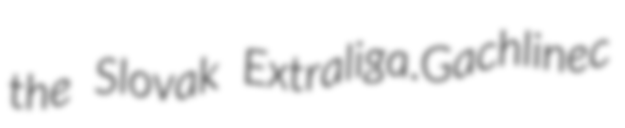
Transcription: the Slovak Extraliga.Gachlinec